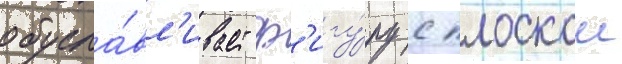
обусла́вл'ивает ф'игу́ру с плоскои